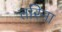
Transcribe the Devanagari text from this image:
तरिना